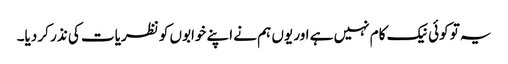
یہ تو کوئی نیک کام نہیں ہے اور یوں ہم نے اپنے خوابوں کو نظریات کی نذر کر دیا۔